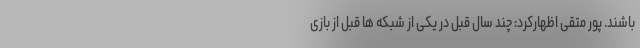
باشند. پور متقی اظهارکرد: چند سال قبل در یکی از شبکه ها قبل از بازی